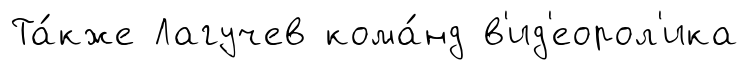
Та́кже Лагучев кома́нд в'ид'еорол'ика